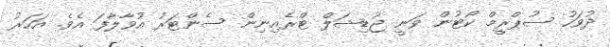
ދުވަހު ސުޕްރީމް ކޯޓުން ވަނީ ޖުޑިޝަލް ޓްރެއިނިން ސެންޓަރު އުވާލާފަ އެވެ. އަހަރު